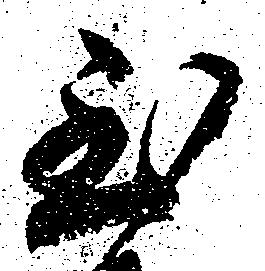
至